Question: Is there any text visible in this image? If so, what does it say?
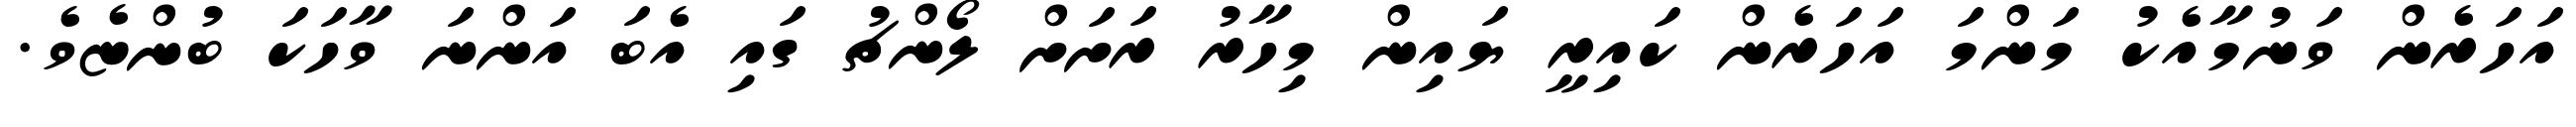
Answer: އަހަރެން ވަނުމާއެކު މަންމަ އަހަރެން ކައިރީ ޔައިން މިހާރު ރަށަށް ލޯންޗު ގައި އެބަ އަންނަ ވާހަކަ ބުންޏެވެ.